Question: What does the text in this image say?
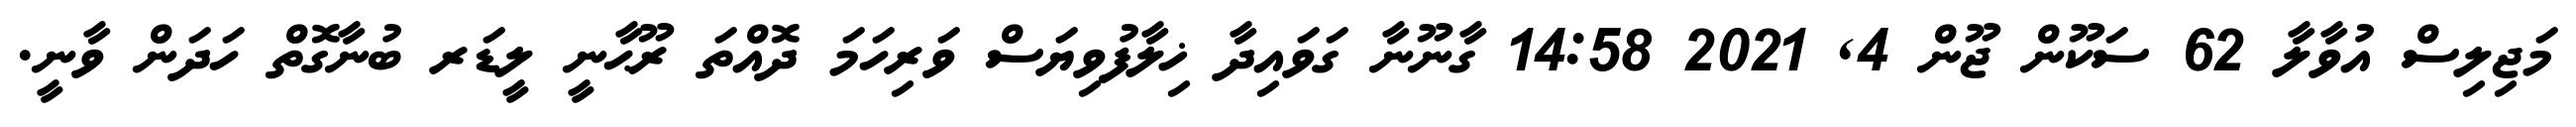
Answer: މަޖިލިސް އުވާލާ 62 ސަކޫން ޖޫން 4, 2021 14:58 ގާނޫނާ ގަވައިދާ ޚިލާފުވިޔަސް ވަރިހަމަ ދޮއްތަ ރޫޙާނީ ލީޑަރ ބުނާގޮތް ހަދަން ވާނީ.